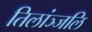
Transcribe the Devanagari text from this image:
तिलांञ्जलि